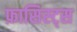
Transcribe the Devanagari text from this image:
फ़ासिस्ट्स